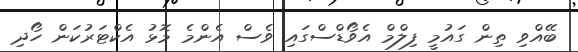
ބޭއްވި ތިން ގައުމީ ފިލްމް އެވޯޑްސްގައި ވެސް އެންމެ މޮޅު އެކްޓަރުކަން ހޯދި